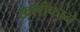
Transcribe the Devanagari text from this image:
खलीफाने